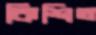
কিশিত